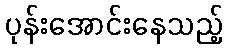
ပုန်းအောင်းနေသည့်